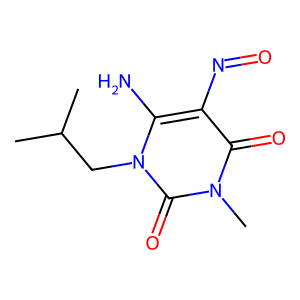
SMILES: CC(C)Cn1c(N)c(N=O)c(=O)n(C)c1=O
Inhibits HIV replication: No